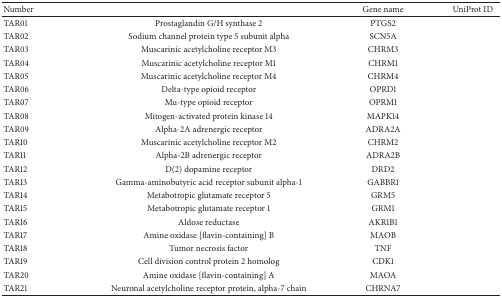
<table><thead><tr><td><b>Number</b></td><td>[EMPTY_CELL]</td><td><b>Gene name</b></td><td><b>UniProt ID</b></td></tr></thead><tbody><tr><td>TAR01</td><td>Prostaglandin G/H synthase 2</td><td>PTGS2</td><td>[EMPTY_CELL]</td></tr><tr><td>TAR02</td><td>Sodium channel protein type 5 subunit alpha</td><td>SCN5A</td><td>[EMPTY_CELL]</td></tr><tr><td>TAR03</td><td>Muscarinic acetylcholine receptor M3</td><td>CHRM3</td><td>[EMPTY_CELL]</td></tr><tr><td>TAR04</td><td>Muscarinic acetylcholine receptor M1</td><td>CHRM1</td><td>[EMPTY_CELL]</td></tr><tr><td>TAR05</td><td>Muscarinic acetylcholine receptor M4</td><td>CHRM4</td><td>[EMPTY_CELL]</td></tr><tr><td>TAR06</td><td>Delta-type opioid receptor</td><td>OPRD1</td><td>[EMPTY_CELL]</td></tr><tr><td>TAR07</td><td>Mu-type opioid receptor</td><td>OPRM1</td><td>[EMPTY_CELL]</td></tr><tr><td>TAR08</td><td>Mitogen-activated protein kinase 14</td><td>MAPK14</td><td>[EMPTY_CELL]</td></tr><tr><td>TAR09</td><td>Alpha-2A adrenergic receptor</td><td>ADRA2A</td><td>[EMPTY_CELL]</td></tr><tr><td>TAR10</td><td>Muscarinic acetylcholine receptor M2</td><td>CHRM2</td><td>[EMPTY_CELL]</td></tr><tr><td>TAR11</td><td>Alpha-2B adrenergic receptor</td><td>ADRA2B</td><td>[EMPTY_CELL]</td></tr><tr><td>TAR12</td><td>D(2) dopamine receptor</td><td>DRD2</td><td>[EMPTY_CELL]</td></tr><tr><td>TAR13</td><td>Gamma-aminobutyric acid receptor subunit alpha-1</td><td>GABBR1</td><td>[EMPTY_CELL]</td></tr><tr><td>TAR14</td><td>Metabotropic glutamate receptor 5</td><td>GRM5</td><td>[EMPTY_CELL]</td></tr><tr><td>TAR15</td><td>Metabotropic glutamate receptor 1</td><td>GRM1</td><td>[EMPTY_CELL]</td></tr><tr><td>TAR16</td><td>Aldose reductase</td><td>AKR1B1</td><td>[EMPTY_CELL]</td></tr><tr><td>TAR17</td><td>Amine oxidase [flavin-containing] B</td><td>MAOB</td><td>[EMPTY_CELL]</td></tr><tr><td>TAR18</td><td>Tumor necrosis factor</td><td>TNF</td><td>[EMPTY_CELL]</td></tr><tr><td>TAR19</td><td>Cell division control protein 2 homolog</td><td>CDK1</td><td>[EMPTY_CELL]</td></tr><tr><td>TAR20</td><td>Amine oxidase [flavin-containing] A</td><td>MAOA</td><td>[EMPTY_CELL]</td></tr><tr><td>TAR21</td><td>Neuronal acetylcholine receptor protein, alpha-7 chain</td><td>CHRNA7</td><td>[EMPTY_CELL]</td></tr></tbody></table>